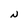
Character: N